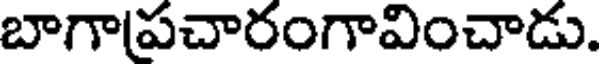
బాగాపచారంగావించాడు.